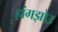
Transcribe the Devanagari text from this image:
हांगझोउ